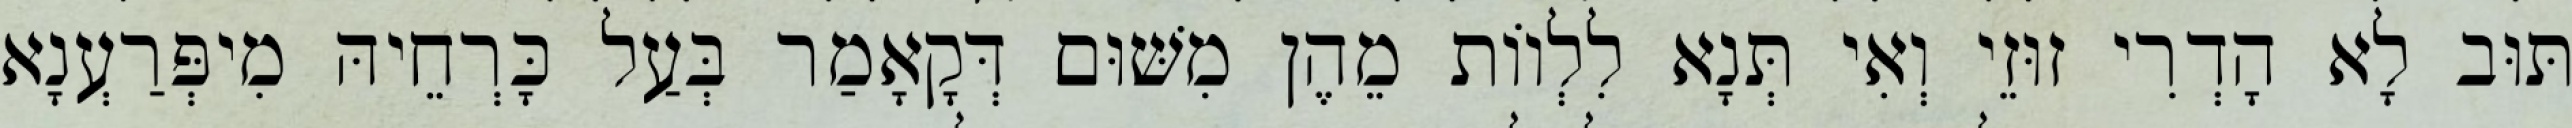
תּוּב לָא הָדְרִי זוּזֵי וְאִי תְּנָא לִלְווֹת מֵהֶן מִשּׁוּם דְּקָאָמַר בְּעַל כָּרְחֵיהּ מִיפְּרַעְנָא